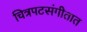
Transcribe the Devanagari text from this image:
चित्रपटसंगीतात